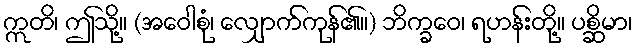
ဣတိ၊ ဤသို့။ (အဝေါစုံ၊ လျှောက်ကုန်၏။) ဘိက္ခဝေ၊ ရဟန်းတို့။ ပစ္ဆိမာ၊